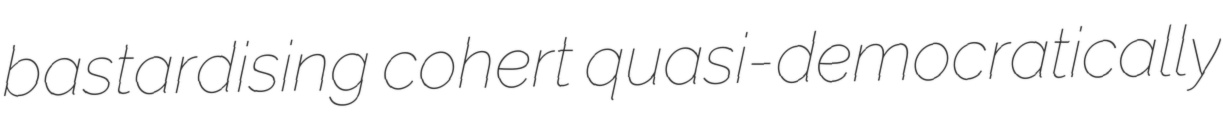
bastardising cohert quasi-democratically